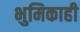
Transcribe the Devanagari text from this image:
भुमिकाही